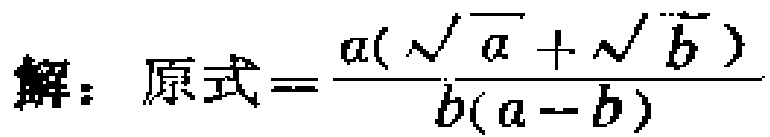
解：原式=\(\frac{a(\sqrt{a}+\sqrt{b})}{b(a - b)}\)